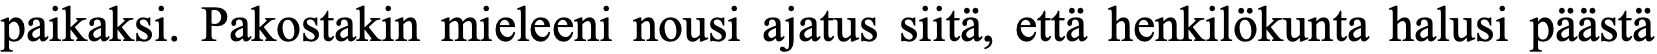
paikaksi. Pakostakin mieleeni nousi ajatus siitä, että henkilökunta halusi päästä